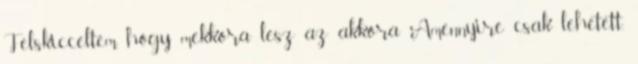
Felskicceltem, hogy mekkora lesz az akkora Amennyire csak lehetett,